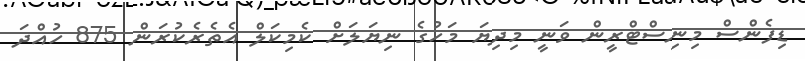
ޑިފެންސް މިނިސްޓްރީން ވަނީ މިދިޔަ މަހުގެ ނިޔަލަށް ކެމިކަލް އެތެރެކުރަން 875 ހުއްދަ